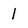
Character: 1